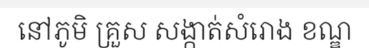
នៅភូមិ គ្រួស សង្កាត់សំរោង ខណ្ឌ